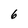
Character: 6